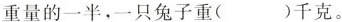
重量的一半，一只兔子重( )千克。